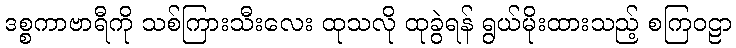
ဒစ္စကာဗာရီကို သစ်ကြားသီးလေး ထုသလို ထုခွဲရန် ရွယ်မိုးထားသည့် စကြဝဠာ